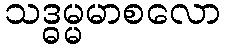
သဒ္ဓမ္မမာစလော